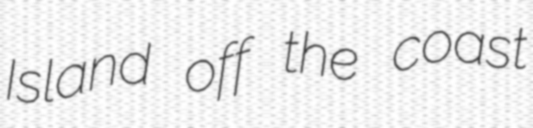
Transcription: Island off the coast